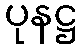
ပုနဋ္ဌ